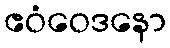
ဧဝံဝေဒနော